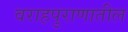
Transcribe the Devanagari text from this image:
वराहपुराणातील